Scottish Leaving Certificate Examination, 1952
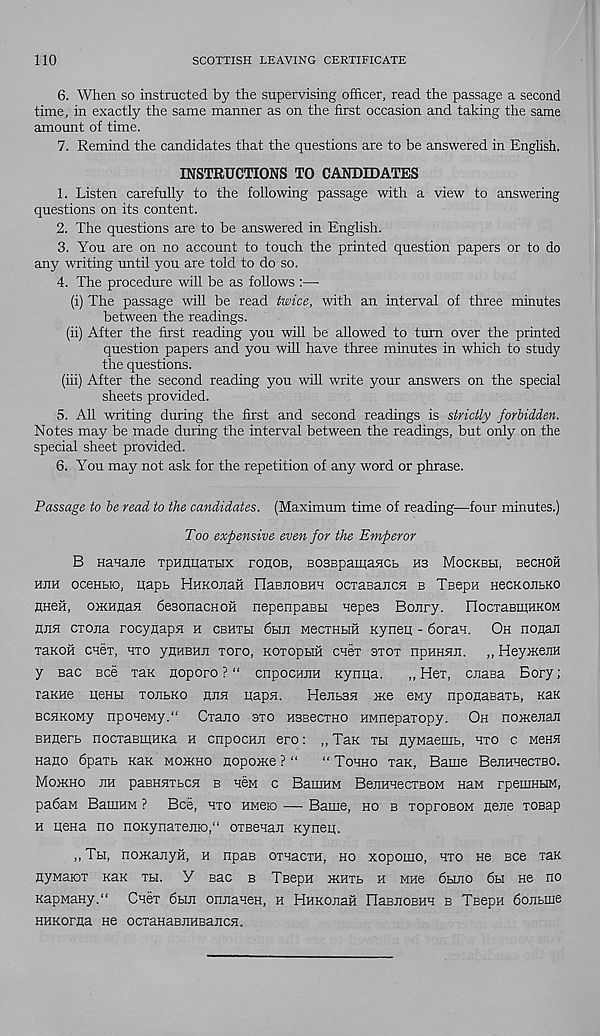
110
SCOTTISH LEAVING CERTIFICATE
6. When so instructed by the supervising officer, read the passage a second
time, in exactly the same manner as on the first occasion and taking the same
amount of time.
7. Remind the candidates that the questions are to be answered in English.
INSTRUCTIONS TO CANDIDATES
1. Listen carefully to the following passage with a view to answering
questions on its content.
2. The questions are to be answered in English.
3. You are on no account to touch the printed question papers or to do
any writing until you are told to do so.
4. The procedure will be as follows :—
(i) The passage -will be read twice, with an interval of three minutes
between the readings.
(ii) After the first reading you will be allowed to turn over the printed
question papers and you will have three minutes in which to study
the questions.
(iii) After the second reading you will write your answers on the special
sheets provided.
5. All writing during the first and second readings is strictly forbidden.
Notes may be made during the interval between the readings, but only on the
special sheet provided.
6. You may not ask for the repetition of any word or phrase.
Passage to be read to the candidates. (Maximum time of reading—four minutes.)
Too expensive even for the Emperor
B Hanane TpHraiarax tohob, BosepamaHCb m Mockbh, bcchoh
huh oceHbio, iiapt HHKOiiaH FlaBJiOBHH ocxaBajicH b Teepn necKOJibKO
HHefi, omuflafl deaonacHOH nepenpaBH nepes Bonry. nocxaBmuKOM
huh CTOna rocynapn h cbhth 6hji MecTHbm Kyneq - dorau. Oh nonan
TaKOH cueT, hto yHHBHji toto, KOTopbiH cnex stot npHHHji. ,, HeymeiiH
y sac Bee xaK noporo ? “ cnpocHira Kynua.
,, Hex, cnasa Bory;
raKHe nenbi xojibko huh iiapn.
Hejibsn me eny nponaBaxb, KaK
BCHKOMy npoueMy." Cxano sxo HseecxHO HMiiepaxopy. Oh nomejian
BHEerb nocxaBiHHKa h cnpocmi ero: ,, Tax xbi nyMaenib, hxo c mchh
Hano 6paxb khk mojkho nopome ?“
“Tohho xan, Bame BeiiHHecxBO.
Momno hh paBHHXbca b hcm c BamHM BenHHecxBOM naM rpemHUM,
padaM BamHM ? Bee, hxo hmcio — Bame, ho b xoproBOM none xosap
h iieHa no noKynaxejiio,“ oxBenan Kyneii.
,, Th, nomanyH, h npas oxnacxH, ho xoponio, hxo He Bee xan
nyMaiox khk Xbi. y Bac b TBepn mHXb h mho dbuio dbi He no
KapMaHy." Onex dbui omiaHeH, h HHKOjiaH FlaBJiOBHH b TeepH doiibiiie
HHKorna He ocxanaBJiHEajich .